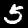
Digit: 5